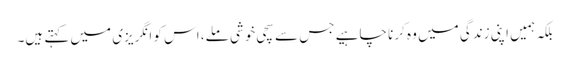
بلکہ ہمیں اپنی زندگی میں وہ کرنا چاہیے جس سے سچی خوشی ملے، اس کو انگریزی میں کہتے ہیں۔